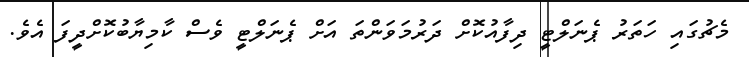
މެޗުގައި ހަތަރު ޕެނަލްޓީ ދިފާއުކޮށް ދަރުމަވަންތަ އަށް ޕެނަލްޓީ ވެސް ކާމިޔާބުކޮށްދީފަ އެވެ.